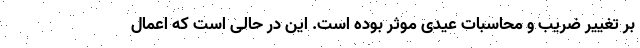
بر تغییر ضریب و محاسبات عیدی موثر بوده است. این در حالی است که اعمال